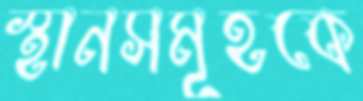
স্থানসমূহকে